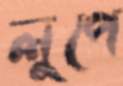
লুপে